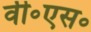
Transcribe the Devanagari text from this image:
वी॰एस॰